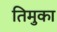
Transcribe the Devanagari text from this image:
तिमुका